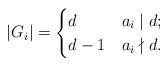
LaTeX: \begin{align*} |G_i| = \begin{cases} d &a_i\mid d; \\ d-1 &a_i\nmid d. \end{cases} \end{align*}